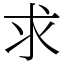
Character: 求